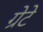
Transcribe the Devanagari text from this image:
ग्रेटे